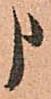
申